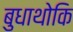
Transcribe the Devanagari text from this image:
बुधाथोकि